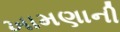
ખામણાની